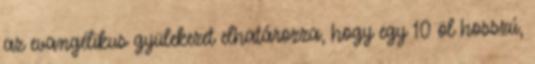
az evangélikus gyülekezet elhatározza, hogy egy 10 öl hosszú,